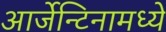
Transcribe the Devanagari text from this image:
आर्जेन्टिनामध्ये